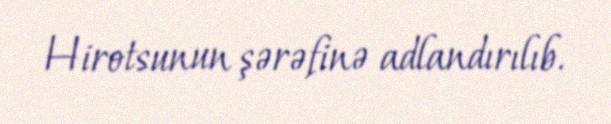
Hirotsunun şərəfinə adlandırılıb.